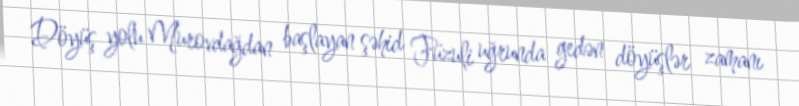
Döyüş yolu Murovdağdan başlayan şəhid Füzuli uğrunda gedən döyüşlər zamanı